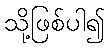
သို့ဖြစ်ပါ၍